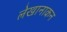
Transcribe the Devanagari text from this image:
लेखानाकन